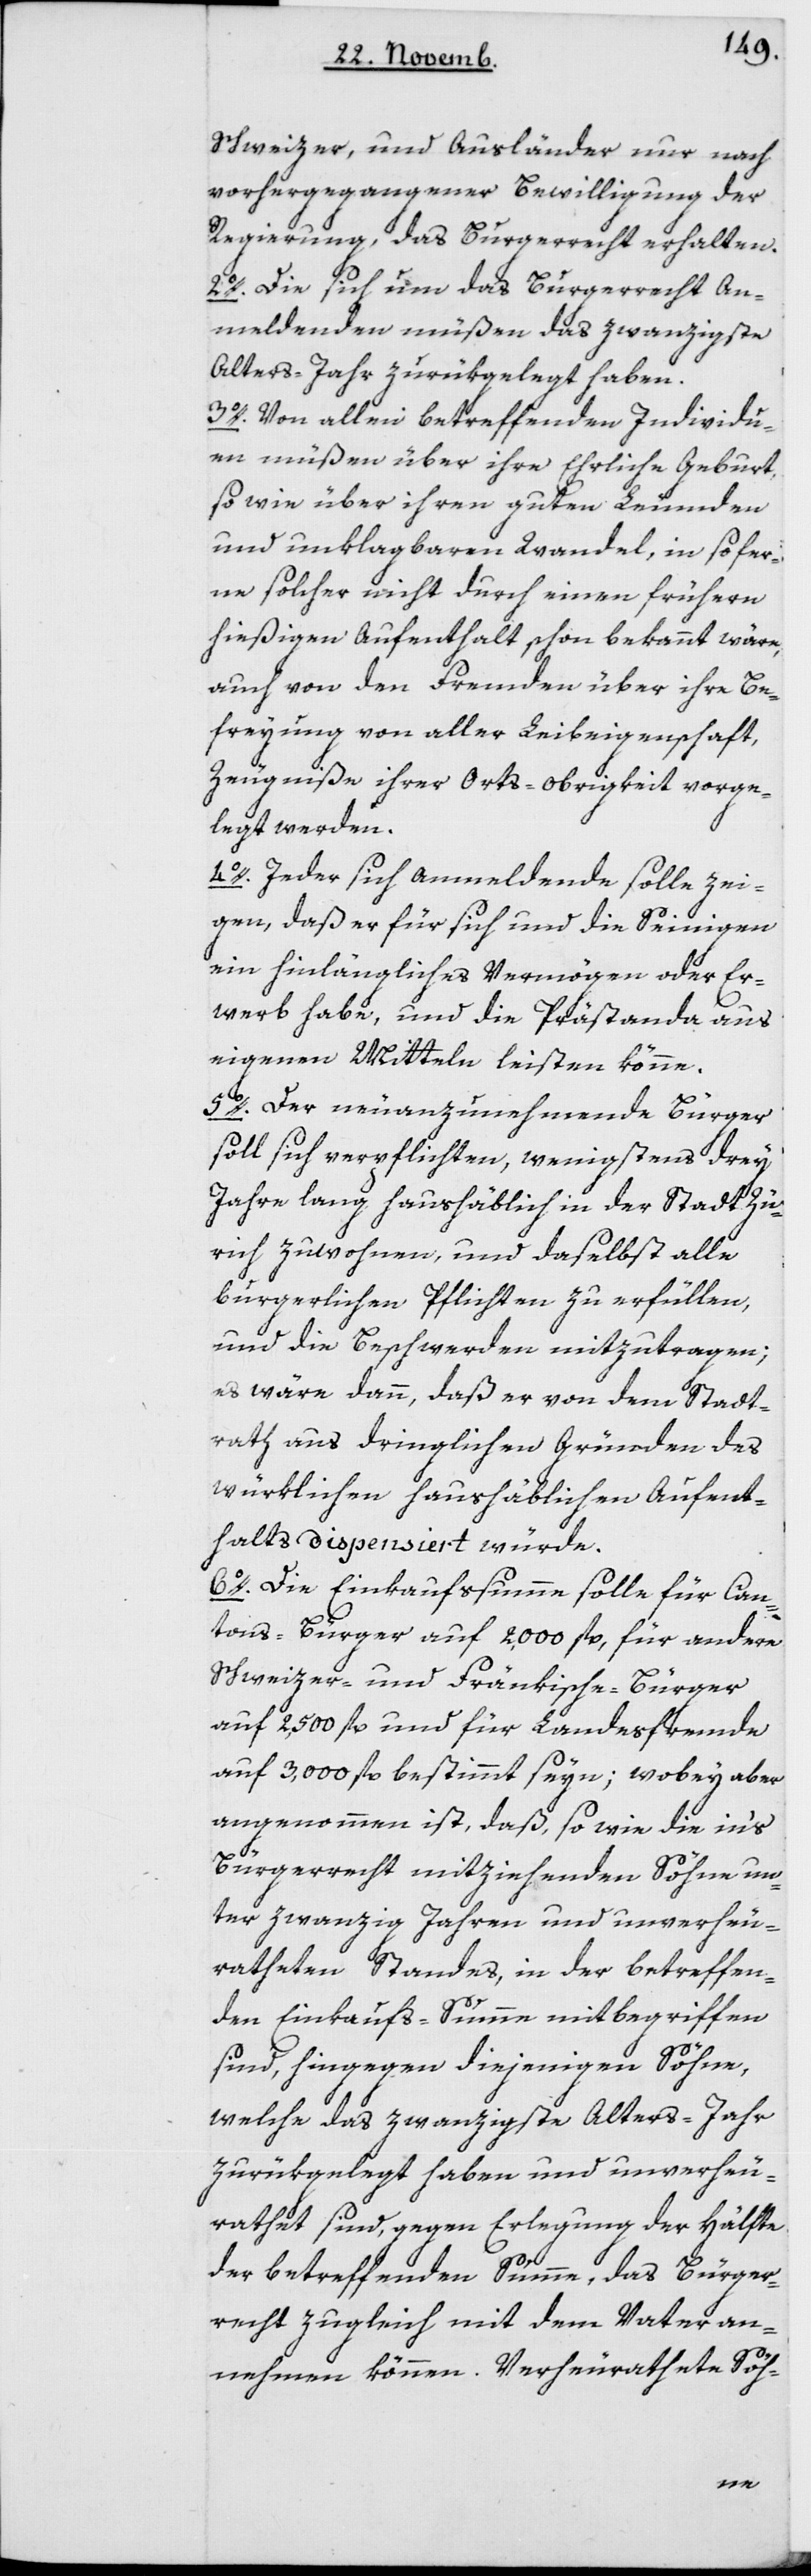
Schweizer und Ausländer nur nach
vorhergegangener Bewilligung der
Regierung das Burgerrecht erhalten.
2. Die sich um das Burgerrecht An¬
meldenden müßen das zwanzigste
Alters-Jahr zurükgelegt haben.
3. Von allen betreffenden Individu¬
en müßen über ihre Ehrliche Geburt,
sowie über ihren guten Leumden
und unklagbaren Wandel, in sofer¬
ne solcher nicht durch einen frühern
hießigen Aufenthalt schon bekannt wäre,
auch von den Fremden über ihre Be¬
freyung von aller Leibeigenschaft,
Zeugniße ihrer Orts-obrigkeit vorge¬
legt werden.
4. Jeder sich Anmeldende solle zei¬
gen, daß er für sich und die Seinigen
ein hinlängliches Vermögen oder Er¬
werb habe, und die Prästanda aus
eigenen Mitteln leisten könne.
5. Der neuanzunehmende Bürger
soll sich verpflichten, wenigstens drey
Jahre lang haushäblich in der Stadt Zü¬
rich zu wohnen, und daselbst alle
burgerlichen Pflichten zu erfüllen,
und die Beschwerden mitzutragen;
es wäre dann, daß er von dem Stadt¬
rath aus dringlichen Gründen des
würklichen haushäblichen Aufent¬
halts dispensiert würde.
6. Die Einkaufssumme solle für Kan¬
tonsbürger auf 2'000 fl., für andere
Schweizer- und Fränkische-Bürger
auf 2'500 fl., und für Landesfremde
auf 3'000 fl. bestimmt seyn; wobey aber
angenommen ist, daß, so wie die ins
Bürgerrecht mitziehenden Söhne un¬
ter zwanzig Jahren und unverheu¬
ratheten Standes, in der betreffen¬
den Einkaufs-Summe mitbegriffen
sind, hingegen diejenigen Söhne,
welche das zwanzigste Alters-Jahr
zurükgelegt haben und unverhei¬
rathet sind, gegen Erlegung der Hälfte
der betreffenden Summe, das Bürger¬
recht zugleich mit dem Vater an¬
nehmen können. Verheurathete Söh-